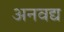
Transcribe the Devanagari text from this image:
अनवद्य